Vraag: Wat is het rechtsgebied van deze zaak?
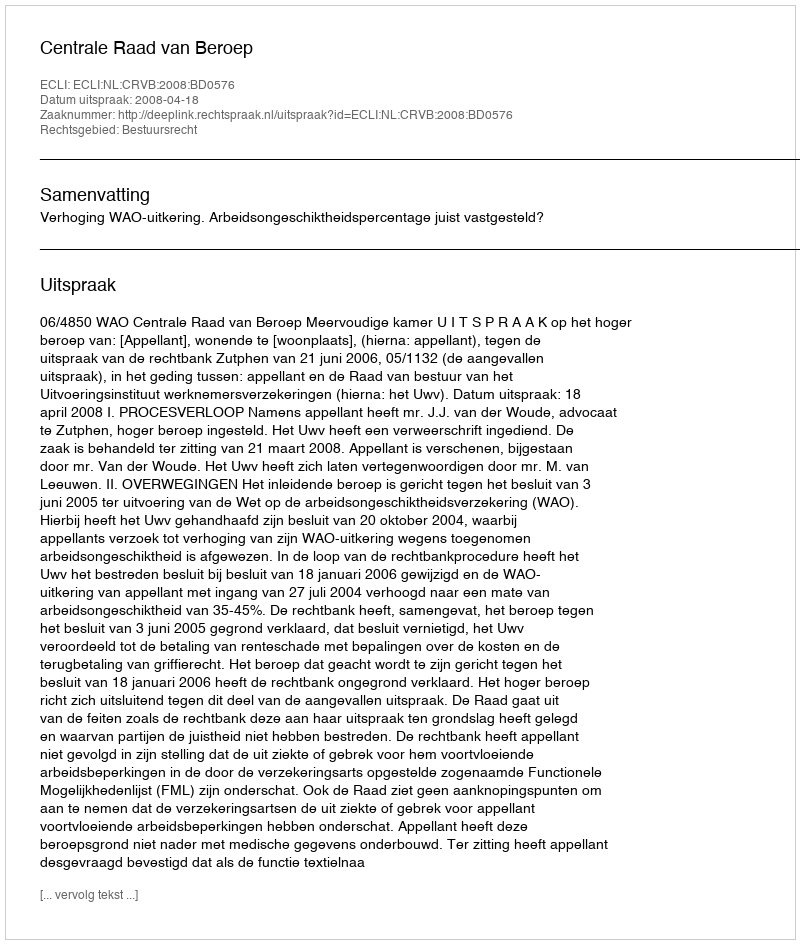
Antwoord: Bestuursrecht